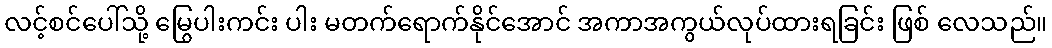
လင့်စင်ပေါ်သို့ မြွေပါးကင်း ပါး မတက်ရောက်နိုင်အောင် အကာအကွယ်လုပ်ထားရခြင်း ဖြစ် လေသည်။